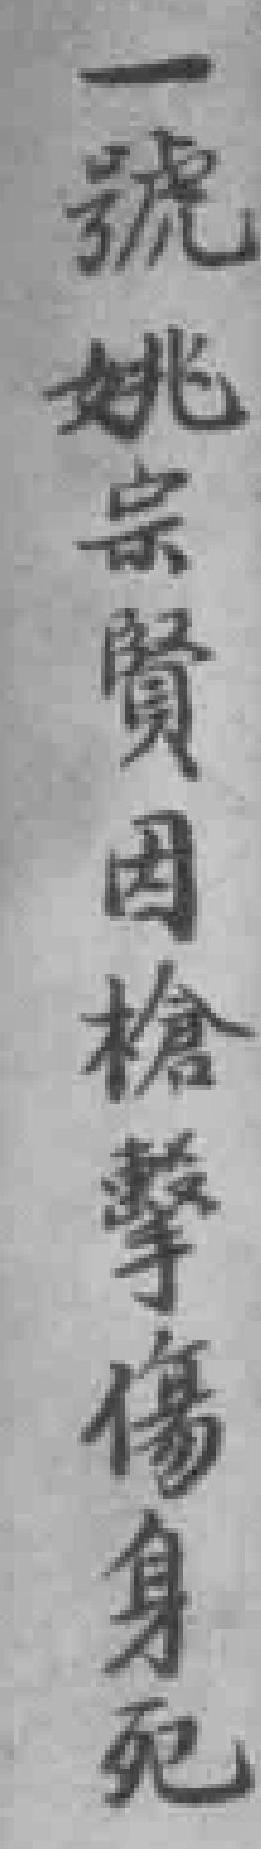
一號姚宗賢因槍擊傷身死